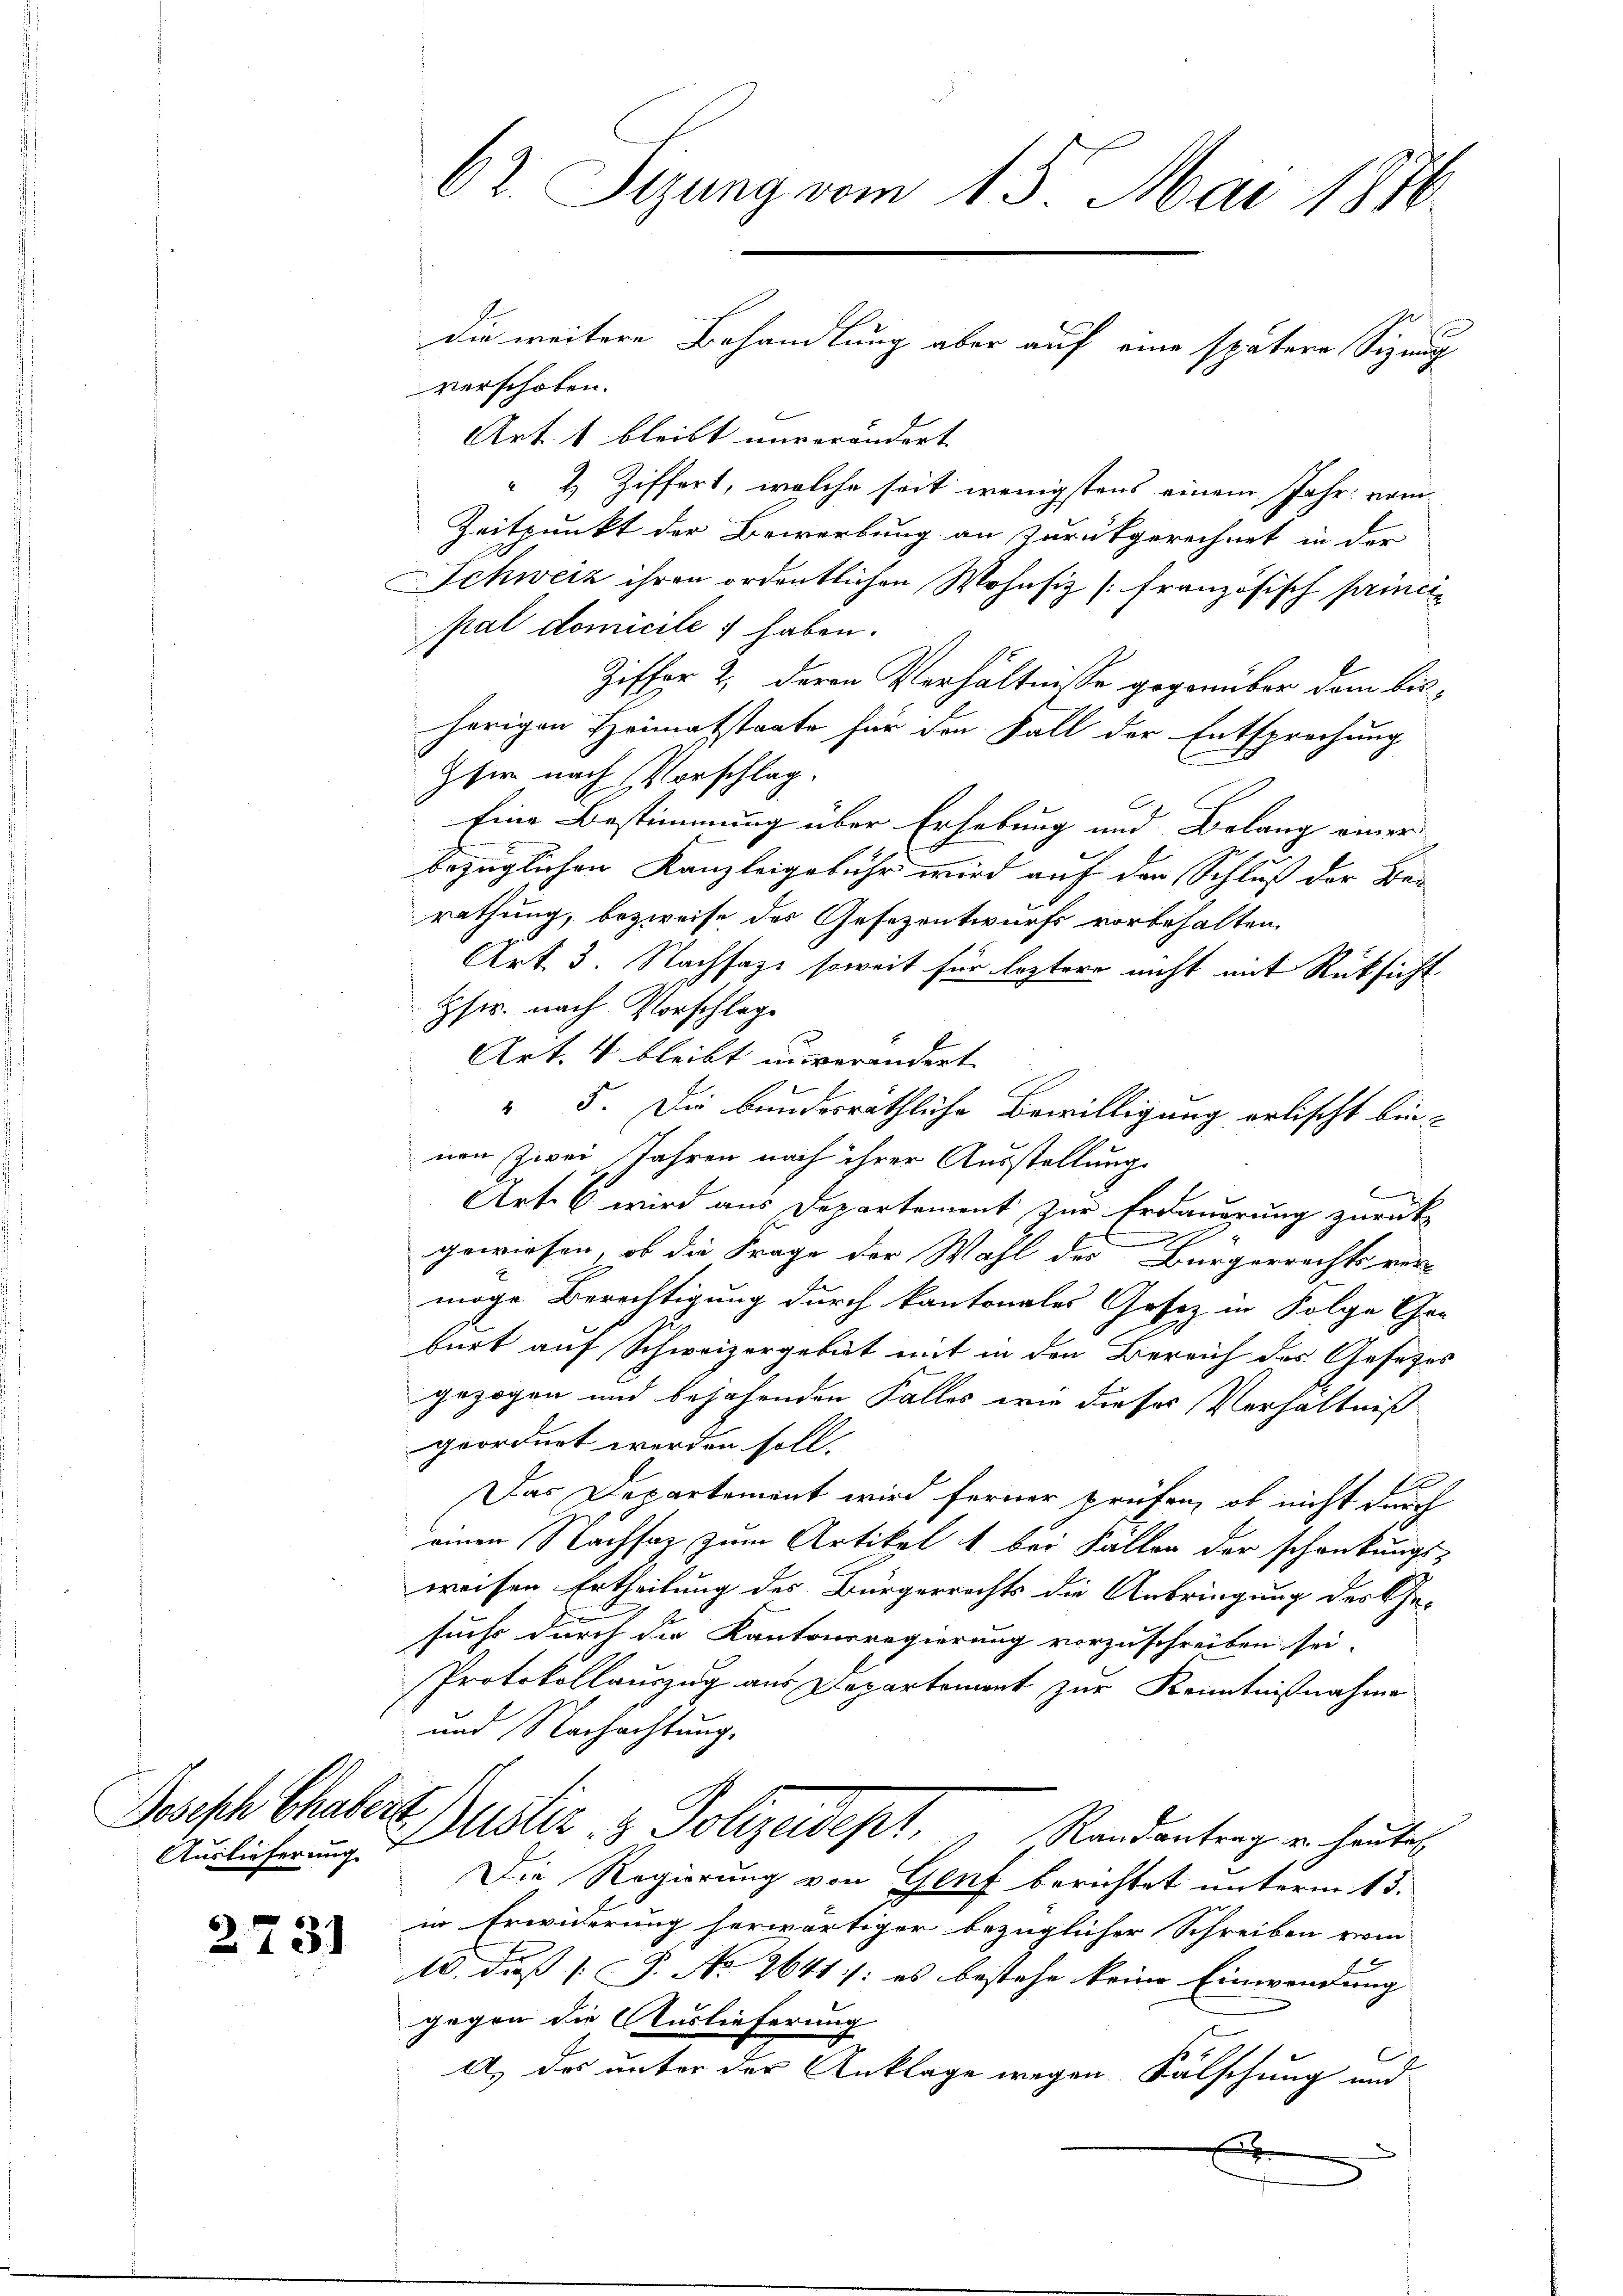
Joseph Chabern
Auslieferung.

2731

verschoben.
Art. 1 bleibt unverändert. |
“ 2 Ziffert, welche seit wenigstens einem Jahr: vom
Zeitpunkt der Bewerbung an zurückgerechnet in der
Schweiz ihren ordentlichen Wohnsiz [französisch princie
pal domicile 7 haben.
Ziffer 2, deren Verhältnisse gegenüber dem bisherigen Heimatstrate für den Fall der Entsprechung
Eser nach Vorschlag
Eine Bestimmung über Erhebung und Belang einer
bezüglichen Kanzleigebühr wird auf den Schluß der Bar
rathung, bezweife des Gesezentwurfs vorbehalten.
Art. 3. Nachsagt soweit für leztere nicht mit Rücksicht
Hsrr. nach Vorschlag
Art. 4 bleibt unverändert.
" 5. Die bundesräthliche Bewilligung erlischt beinen Zwei Jahren nach ihrer Ausstellung
Art. 6 wird aus Departement zur Erdauerung zurück-
gewiesen, ob die Frage der Wahl des Bürgerrechts ver-
möge Berechtigung durch kantonales Gesetz in Folge Char
burt auf Schweizergebät mit in den Bereich des Gesetzes
gezogen und bejahenden Falles wie dieser Verhältniß
geordnet werden soll.
Das Departement wird ferner prüfen, ob nicht durch
einen Nachsaz zum Artikel 1 bei Fallen der schankungs-
weisen Ertheilung des Bürgerrechts die Anbringung des Ge-
sucht durch die Kantonsregierung vorzuschreiben sei.
Protokollauszug aus Departement zur Kenntnißnahme
und Nachachtung.
Justiz & Polizeidept.   Randantrag u. heuten
Die Regierung von Genf berichtet unterm 13.
in Erwiderung herwärtiger bezüglicher Schreiben vom
15. daß P. No 2641 : es bestehe keine Einwendung
gegen die Auslieferung
A. des unter der Anklage wegen Falschung und
x

62. Sizung vom 15. Mai 1876

die weitere Behandlung aber auf eine spätere Sizung